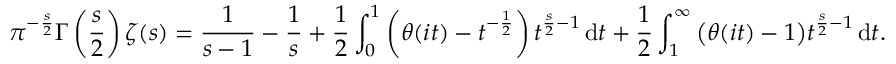
\pi ^ { - { \frac { s } { 2 } } } \Gamma \left( { \frac { s } { 2 } } \right) \zeta ( s ) = { \frac { 1 } { s - 1 } } - { \frac { 1 } { s } } + { \frac { 1 } { 2 } } \int _ { 0 } ^ { 1 } \left( \theta ( i t ) - t ^ { - { \frac { 1 } { 2 } } } \right) t ^ { { \frac { s } { 2 } } - 1 } \, \mathrm { d } t + { \frac { 1 } { 2 } } \int _ { 1 } ^ { \infty } { \bigl ( } \theta ( i t ) - 1 { \bigr ) } t ^ { { \frac { s } { 2 } } - 1 } \, \mathrm { d } t .